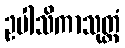
ဥပါသိကာသုတ္တံ